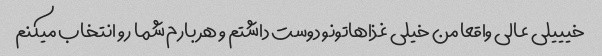
خیییلی عالی واقعا من خیلی غذاهاتونو دوست داشتم و هر بارم شما رو انتخاب میکنم